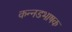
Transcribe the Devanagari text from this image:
कन्‍नडभाषक